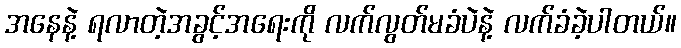
အနေနဲ့ ရလာတဲ့အခွင့်အရေးကို လက်လွတ်မခံပဲနဲ့ လက်ခံခဲ့ပါတယ်။